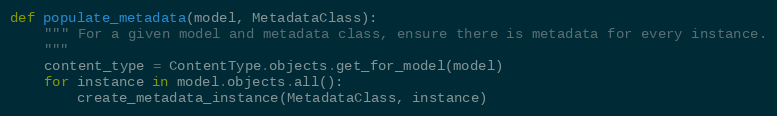
Language: Python
def populate_metadata(model, MetadataClass):
    """ For a given model and metadata class, ensure there is metadata for every instance.
    """
    content_type = ContentType.objects.get_for_model(model)
    for instance in model.objects.all():
        create_metadata_instance(MetadataClass, instance)